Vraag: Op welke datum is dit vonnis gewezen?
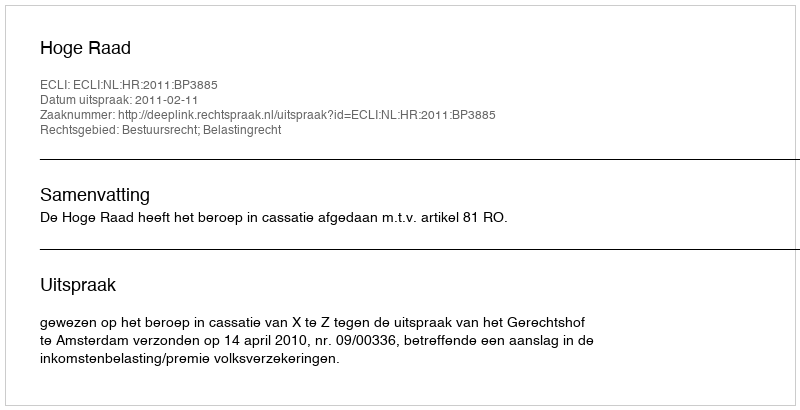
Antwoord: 2011-02-11